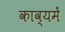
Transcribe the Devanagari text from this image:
काव्यमें